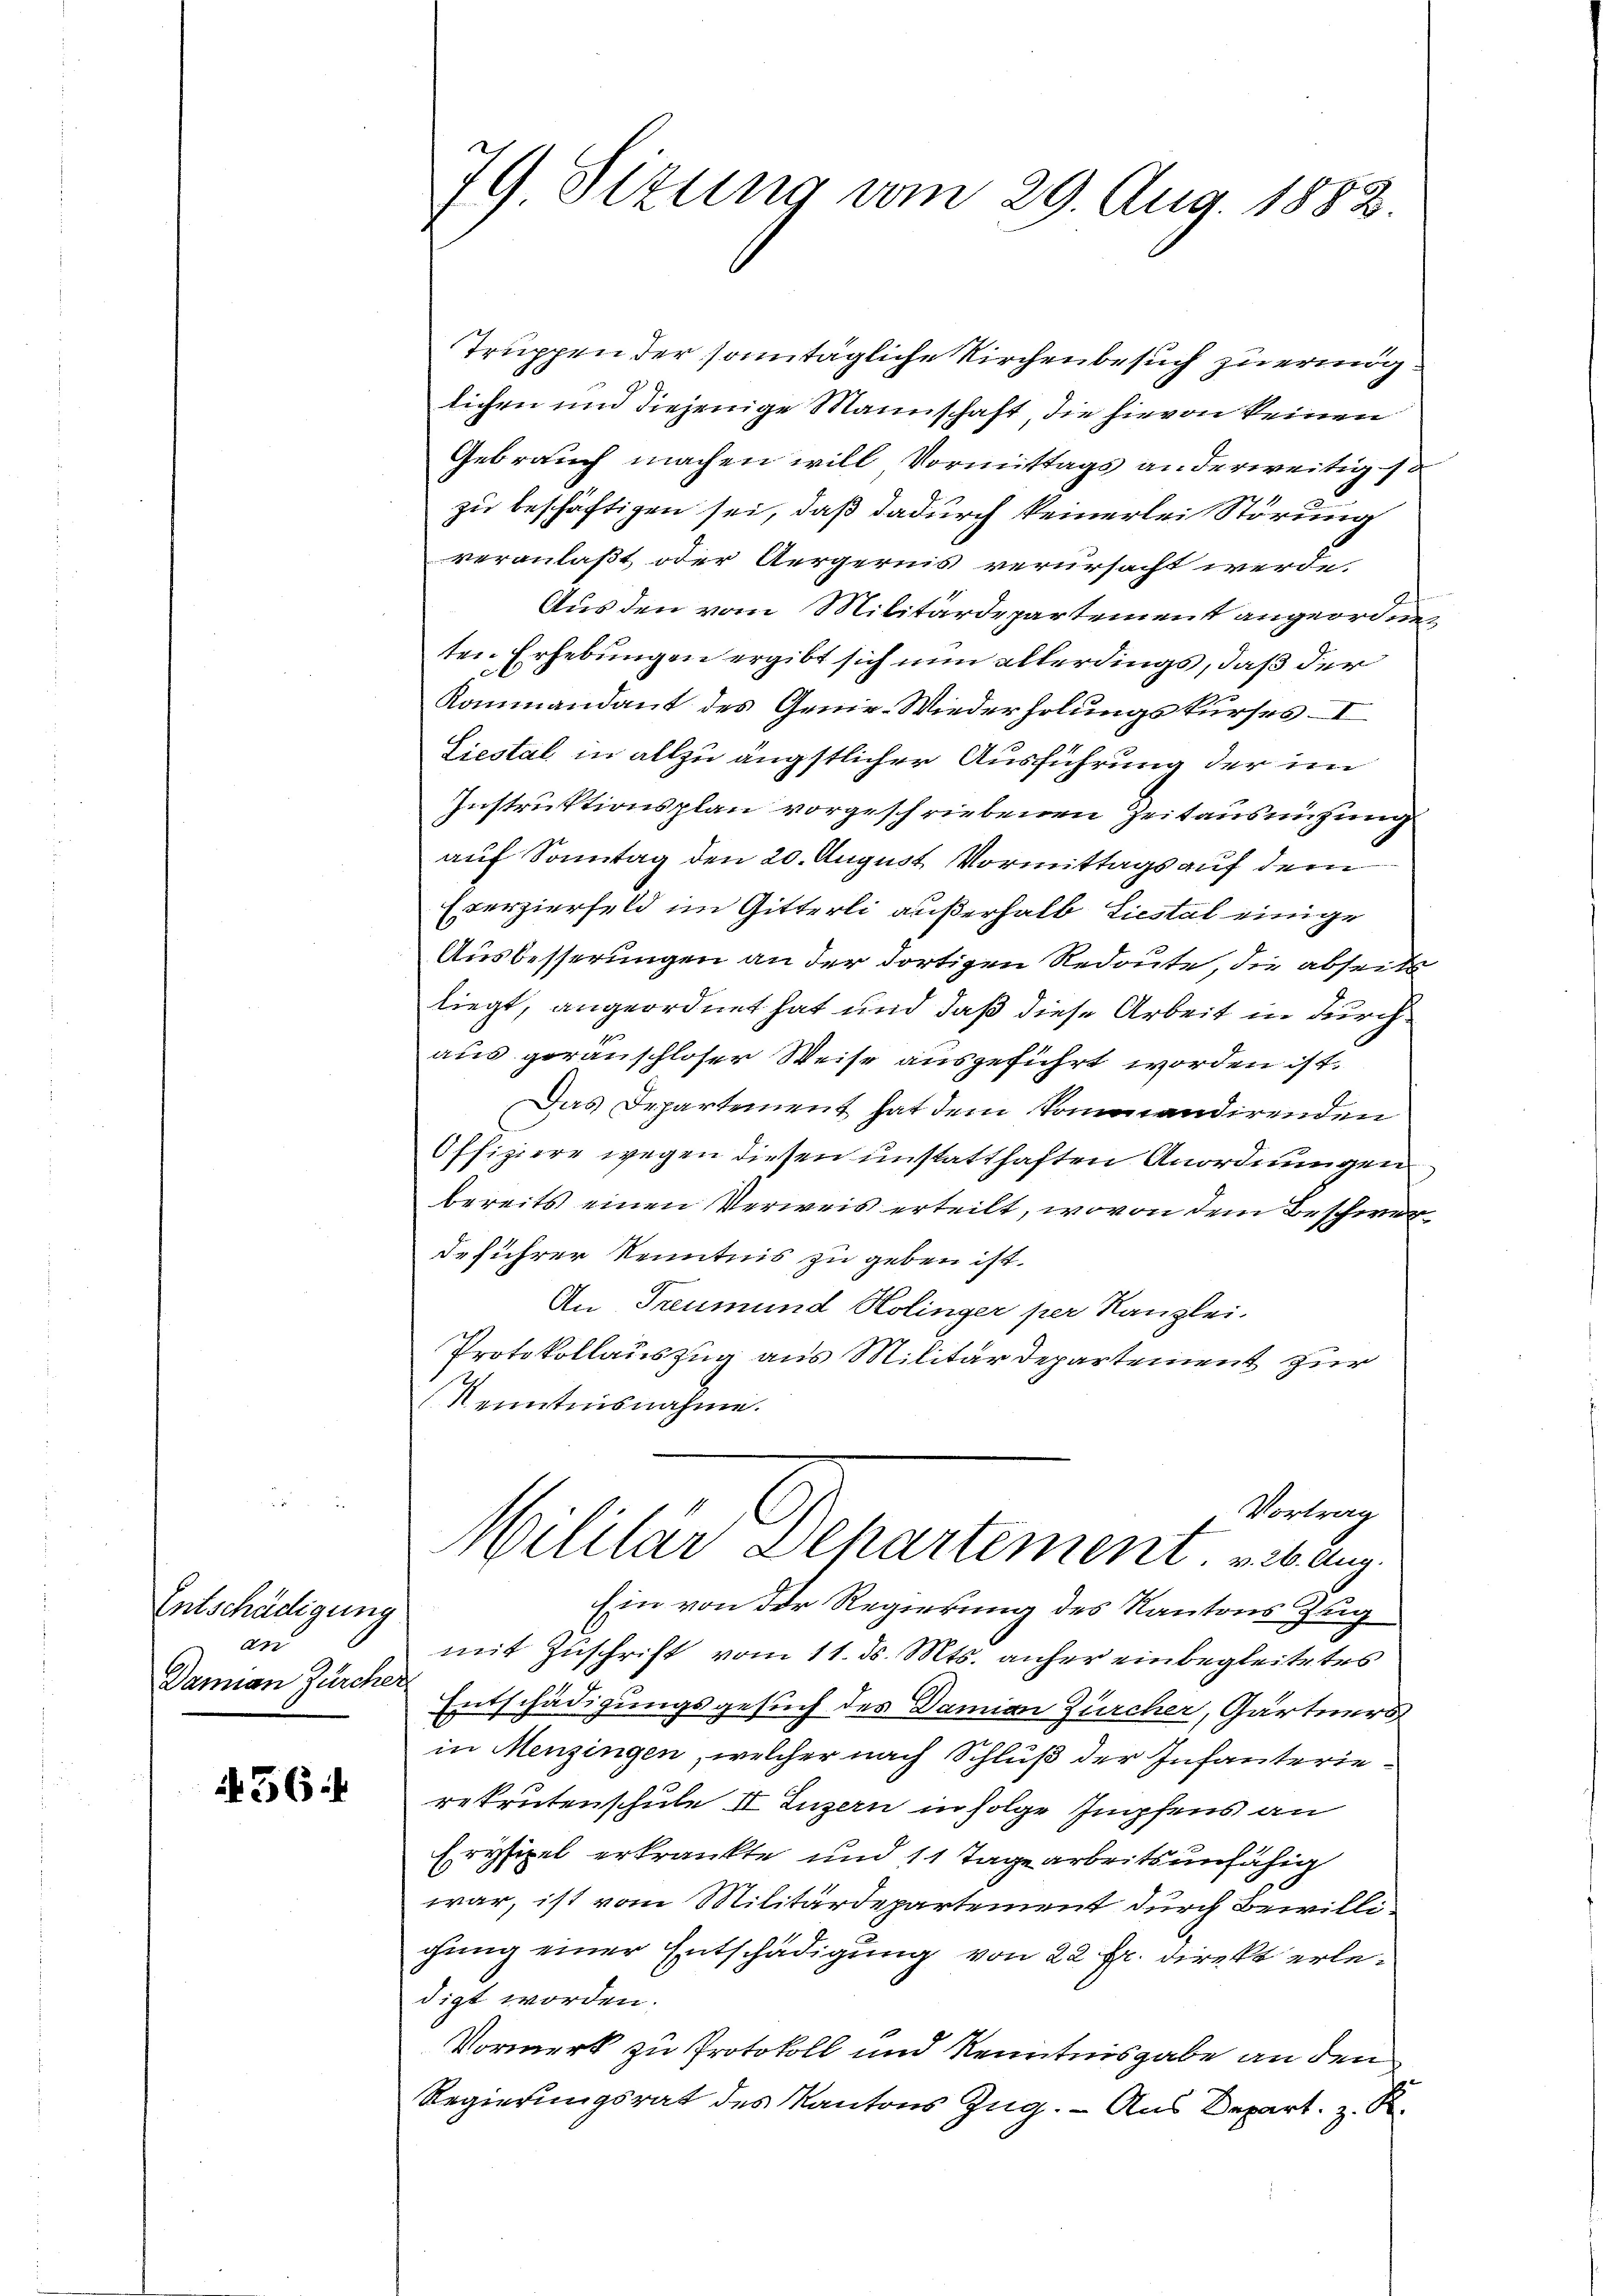
Entschädigung
an
Damian Zürcher

56:

79 Sizung vom 29. Aug. 1882.

Truppen der sonntägliche Kirchenbesuch zu ering
lichen und diejenige Mannschaft, die hievon keinen
Gebrauch machen will Vormittags anderweitig so
zu beschäftigen sei, daß dadurch keinerlei Störung
veranlaßt, oder Aergernis verursacht werde
Aus den vom Militärdepartement angeordneten Erhebungen ergibt sich nun allerdings, daß der
Kommandant des Genie-Wiederholungskurses. I
Liestal in allzu ängstlicher Ausführung der im
Instruktionsplan vorgeschriebenen Zeitausnützung
auf Sonntag den 20. August Vormittags auf dem
Eserzierfeld im Gitterli außerhalb Liestal einige
Ausbesserungen an der dortigen Redoute, die abseite
liegt, angeordnet hat und daß diese Arbeit in durch
aus gerauschloser Weise ausgeführt worden ist.
Das Departement hat dem kommandirenden
Offiziere wegen diesen unstatthaften Anordnungen
bereits einen Verweis erteilt, wovon dem Beschwer
deführer Kenntnis zu geben ist.
An Treumund Holinger per Kanzlei.
Protokollauszug aus Militärdepartement zur
Kenntnisnahme.
Vortrag
h
Militär Departement. v. 26. Aug.
Ein von der Regierung des Kantons Zug
mit Zuschrift vom 11. ds. Mts. anher einbegleitetes
Entschädigungsgesuch des Damian Zürcher, Gärtners
in Menzingen, welcher nach Schluß der Infanterierekrutenschule II Luzern in Folge Impfens an
Erysipel erkrankte und 11 Tage arbeitsunfähig
war, ist vom Militärdepartement durch Bewilligung einer Entschädigung von 22 fr. direkt erledigt worden.
Vormerk zu Protokoll und Kenntnisgabe an den
Regierungsrat des Kantons Zug. - Aus Depart. z. R.